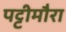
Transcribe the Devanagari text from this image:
पट्टीमौरा